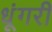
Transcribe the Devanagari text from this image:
धूंगरी